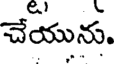
చేయును.